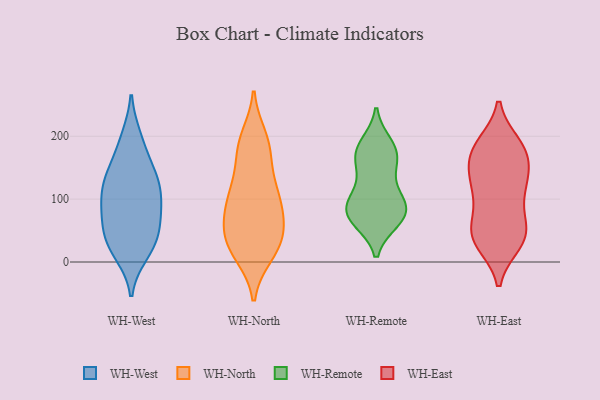
{"axis": {"x": "Churn Rate (%)", "y": "Value"}, "legend": ["WH-East", "WH-North", "WH-Remote", "WH-West"], "data": [{"x": "", "y": 191, "type": "WH-West"}, {"x": "", "y": 95, "type": "WH-West"}, {"x": "", "y": 145, "type": "WH-West"}, {"x": "", "y": 100, "type": "WH-West"}, {"x": "", "y": 23, "type": "WH-West"}, {"x": "", "y": 23, "type": "WH-West"}, {"x": "", "y": 82, "type": "WH-West"}, {"x": "", "y": 109, "type": "WH-West"}, {"x": "", "y": 47, "type": "WH-West"}, {"x": "", "y": 50, "type": "WH-West"}, {"x": "", "y": 14, "type": "WH-West"}, {"x": "", "y": 131, "type": "WH-West"}, {"x": "", "y": 197, "type": "WH-West"}, {"x": "", "y": 139, "type": "WH-West"}, {"x": "", "y": 82, "type": "WH-West"}, {"x": "", "y": 47, "type": "WH-West"}, {"x": "", "y": 139, "type": "WH-West"}, {"x": "", "y": 37, "type": "WH-North"}, {"x": "", "y": 12, "type": "WH-North"}, {"x": "", "y": 116, "type": "WH-North"}, {"x": "", "y": 198, "type": "WH-North"}, {"x": "", "y": 189, "type": "WH-North"}, {"x": "", "y": 60, "type": "WH-North"}, {"x": "", "y": 147, "type": "WH-North"}, {"x": "", "y": 110, "type": "WH-North"}, {"x": "", "y": 28, "type": "WH-North"}, {"x": "", "y": 171, "type": "WH-North"}, {"x": "", "y": 95, "type": "WH-North"}, {"x": "", "y": 12, "type": "WH-North"}, {"x": "", "y": 102, "type": "WH-North"}, {"x": "", "y": 188, "type": "WH-North"}, {"x": "", "y": 94, "type": "WH-North"}, {"x": "", "y": 51, "type": "WH-North"}, {"x": "", "y": 49, "type": "WH-North"}, {"x": "", "y": 74, "type": "WH-North"}, {"x": "", "y": 24, "type": "WH-North"}, {"x": "", "y": 170, "type": "WH-Remote"}, {"x": "", "y": 81, "type": "WH-Remote"}, {"x": "", "y": 171, "type": "WH-Remote"}, {"x": "", "y": 177, "type": "WH-Remote"}, {"x": "", "y": 150, "type": "WH-Remote"}, {"x": "", "y": 71, "type": "WH-Remote"}, {"x": "", "y": 67, "type": "WH-Remote"}, {"x": "", "y": 69, "type": "WH-Remote"}, {"x": "", "y": 119, "type": "WH-Remote"}, {"x": "", "y": 92, "type": "WH-Remote"}, {"x": "", "y": 186, "type": "WH-Remote"}, {"x": "", "y": 96, "type": "WH-Remote"}, {"x": "", "y": 84, "type": "WH-Remote"}, {"x": "", "y": 114, "type": "WH-East"}, {"x": "", "y": 143, "type": "WH-East"}, {"x": "", "y": 32, "type": "WH-East"}, {"x": "", "y": 167, "type": "WH-East"}, {"x": "", "y": 73, "type": "WH-East"}, {"x": "", "y": 44, "type": "WH-East"}, {"x": "", "y": 169, "type": "WH-East"}, {"x": "", "y": 186, "type": "WH-East"}, {"x": "", "y": 54, "type": "WH-East"}, {"x": "", "y": 140, "type": "WH-East"}, {"x": "", "y": 56, "type": "WH-East"}, {"x": "", "y": 184, "type": "WH-East"}, {"x": "", "y": 33, "type": "WH-East"}, {"x": "", "y": 108, "type": "WH-East"}, {"x": "", "y": 30, "type": "WH-East"}, {"x": "", "y": 187, "type": "WH-East"}, {"x": "", "y": 41, "type": "WH-East"}, {"x": "", "y": 173, "type": "WH-East"}, {"x": "", "y": 117, "type": "WH-East"}, {"x": "", "y": 124, "type": "WH-East"}]}